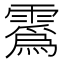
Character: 𫕯